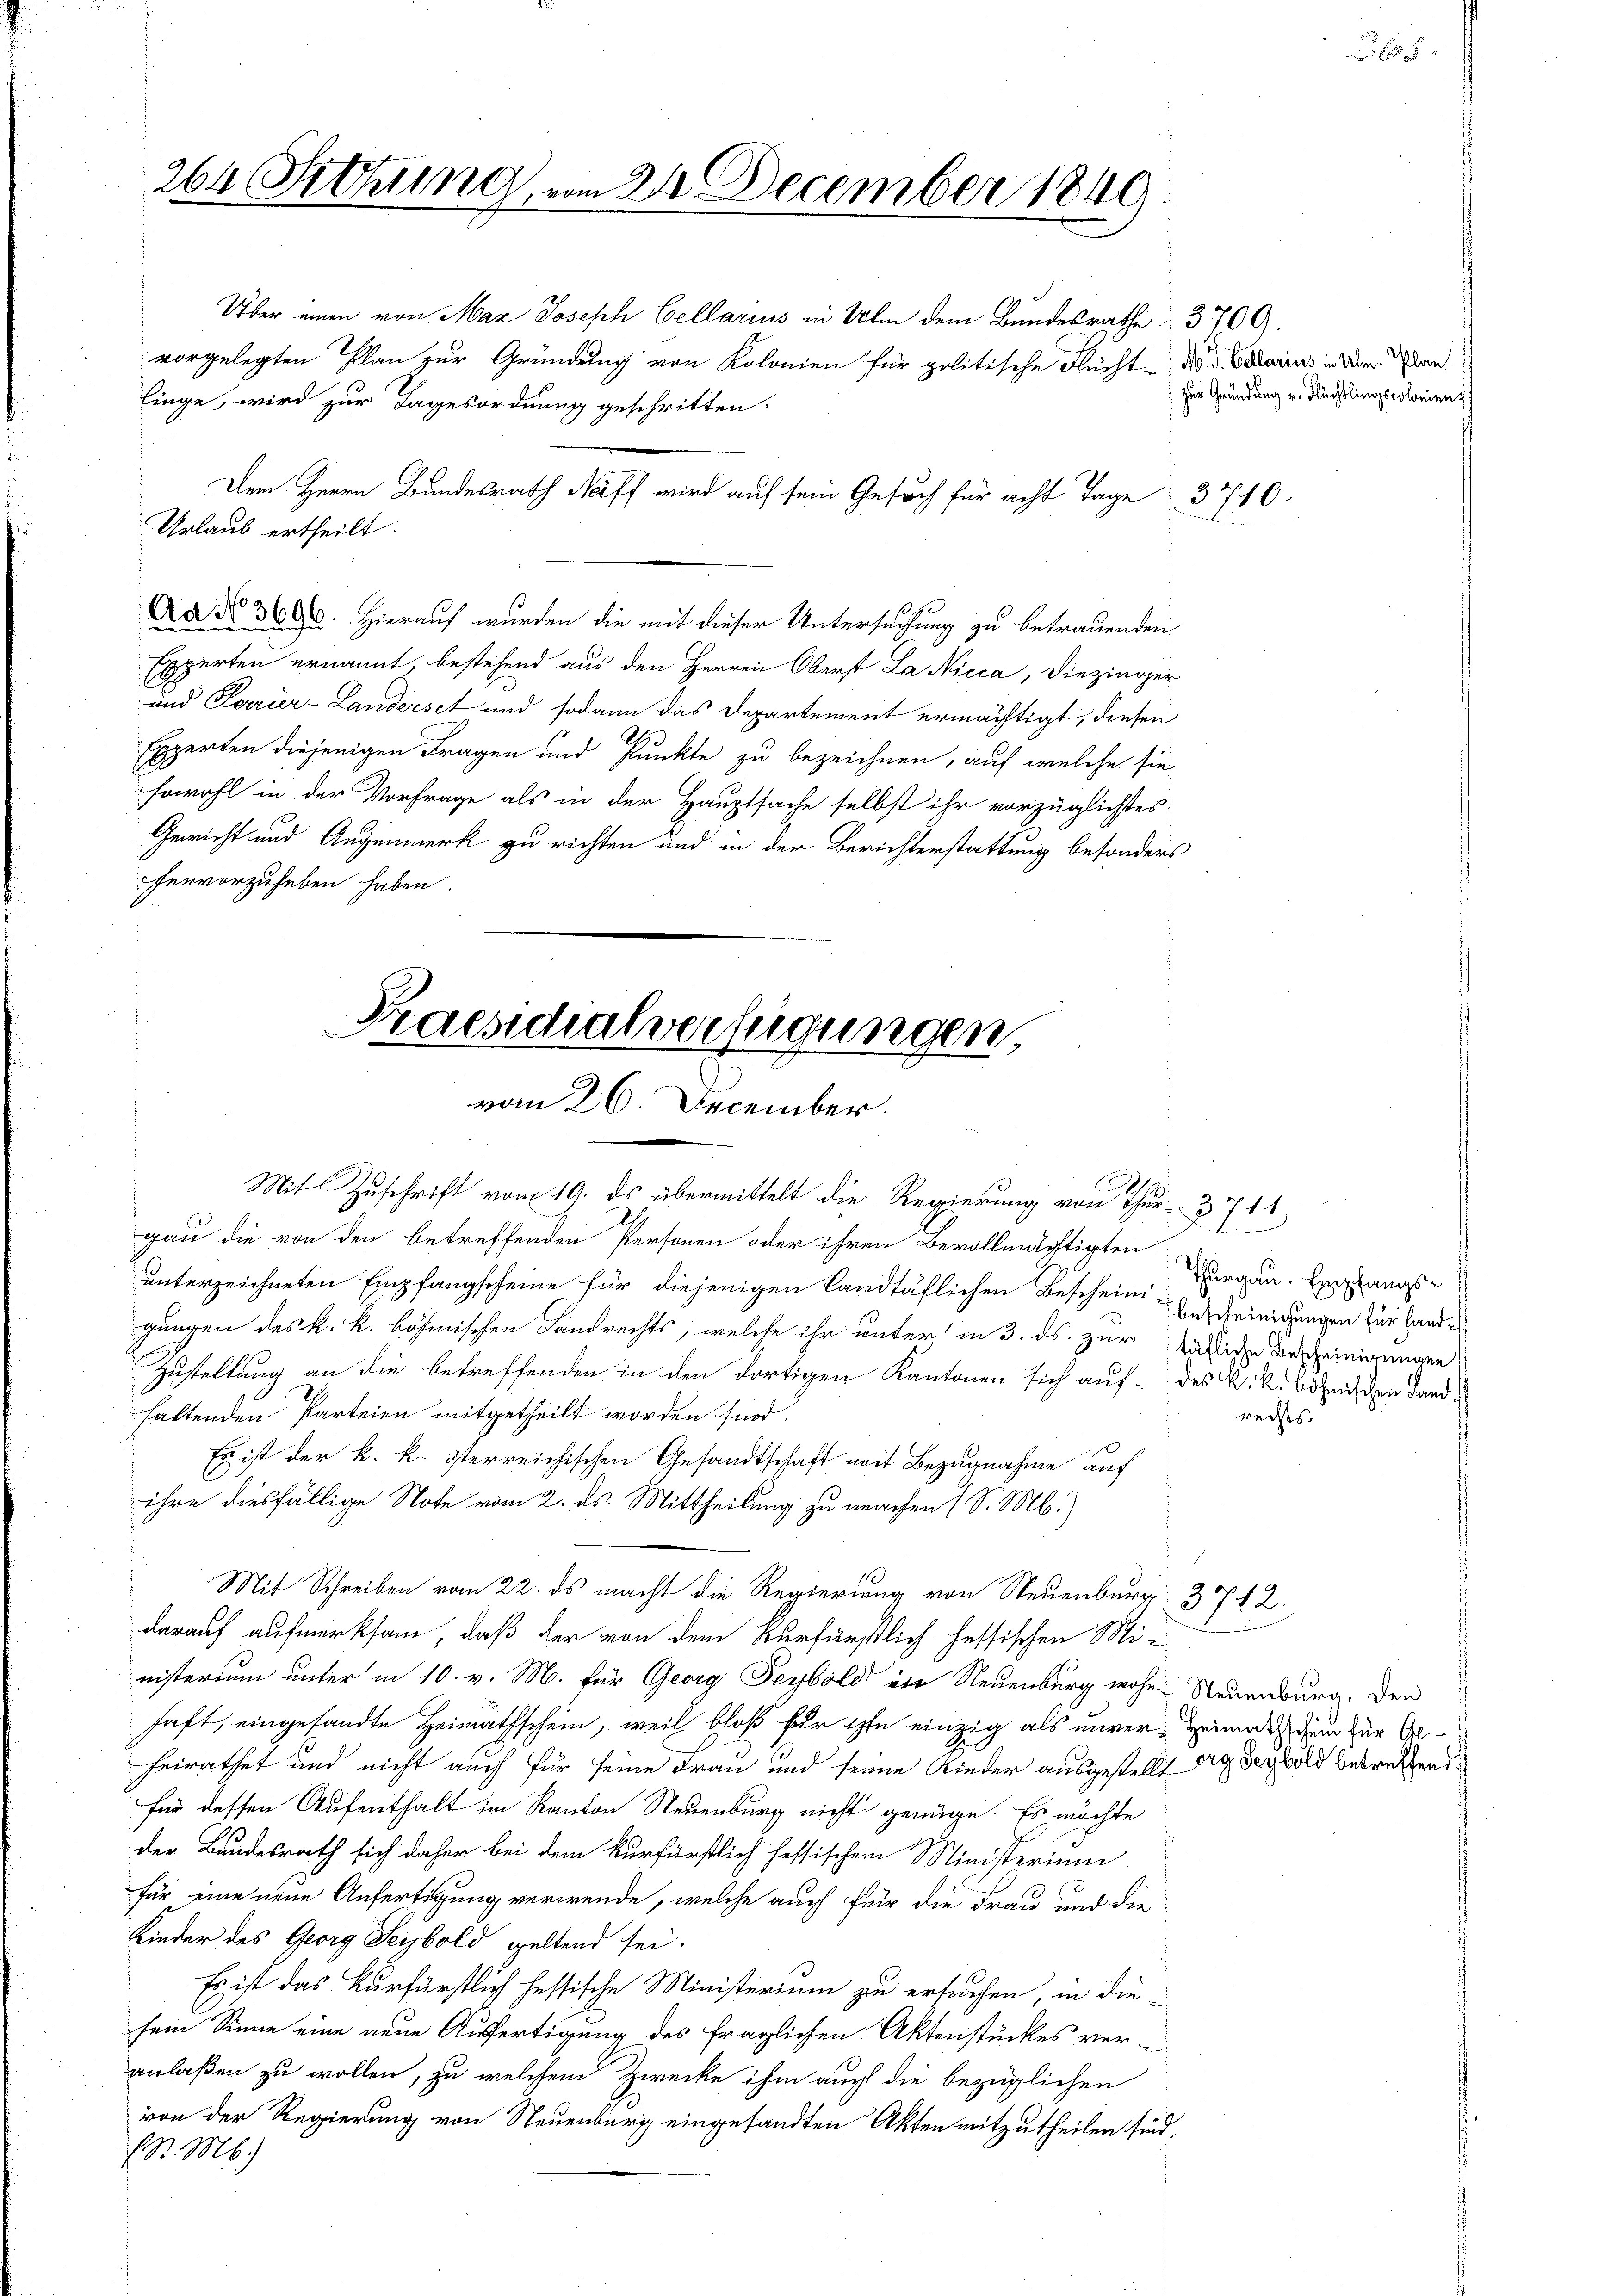
264 Setzung, vom 24. December 1840

Über einen von Maz Joseph Cellarius in Ulm dem Bundesrathe 3700.
vorgelegten Plan zur Gründung von Kolonien für politische Flucht d. Solarius in der an
linge, wird zur Tagesordnung geschritten.
Urlaub ertheilt.
Ad Nr. 3000. Hierauf wurden die mit dieser Untersuchung zu betrauenden
Experten ernannt, bestehend aus den Herren Oberst La Nicca, Diezinger
und Perrier-Landerset und sodann das Departement ermächtigt, diesen
Experten diejenigen Fragen und Punkte zu bezeichnen, auf welche sie
sowohl in der Vorfrage als in der Hauptsache selbst ihr vorzüglichstes
Gewicht und Augenmerk zu richten und in der Berichterstattung besonders
hervorzuheben haben.

K
Praesidialverfügungen,
vom 26. December.

Dem Herrn Bundesrath Neff wird auf sein Gesuch für acht Tage 3710

Mit Zuschrift vom 19. ds übermittelt die Regierung von Thur- 371
gau die von den betreffenden Personen oder ihren Bevollmächtigten
unterzeichneten Empfangscheine für diejenigen landtäflichen Beschein-Ansteinigungen zur Landgungen des k. k. böhmischen Landrechts, welche ihr unter in 3. ds. zur fähliche Bescheinigungen
Zustellung an die betreffenden in den dortigen Kantonen sich auf des k.k. Bezeichen Landhaltenden Parteien mitgetheilt worden sind.
Es ist der k. k. österreichischen Gesandtschaft mit Bezugnahme auf
ihre diesfällige Note vom 2. ds. Mittheilung zu machen (S. M.)
Mit Schreiben vom 22. ds. macht die Regierung von Neuenburg. 3712
darauf aufmerksam, daß der von dem Kurfürstlich hessischen Ministerium unter in 10. v. M. für Georg Feybold ein Neuenburg wohn- Neuenburg. Den
haft, eingesandte Heimathschein, weil bloß für ist einzig als unverheirathet und nicht auch für seine Frau und seine Kinder ausgestellt an der bild betreffend
für dessen Aufenthalt im Kanton Neuenburg nicht genüge. Es möchte
der Bundesrath sich daher bei dem kurfürstlich fessischem Ministerium
für eine neue Anfertigung verwende, welche auch für die Frau und die
Kinder des Georg Seybold geltend sei.
Es ist das Kurfürstlich fessische Ministerium zu ersuchen, in die
sein Sinne eine neue Ausfertigung des fraglichen Aktenstückes ver-
anlaßen zu wollen, zu welchem Zwecke ihm auch die bezüglichen
von der Regierung von Neuenburg eingesandten Akten mitzutheilen sind.
S. M.)

E

zur Gründung v. Flüchtlingscolonien

Thurgau. Empfangs¬

rechts.

Heimathschein für Ge¬